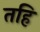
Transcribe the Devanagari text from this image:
तहि